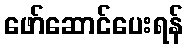
ဖော်ဆောင်ပေးရန်